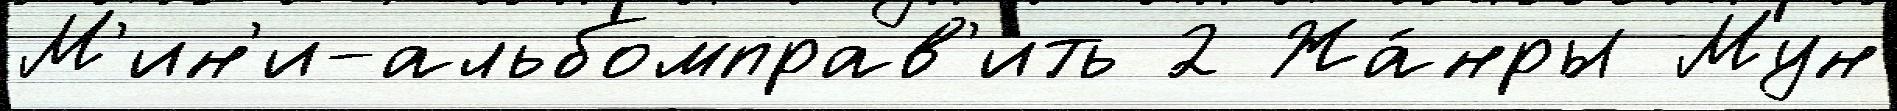
М'ин'и-альбомправ'ить 2 Жа́нры Мун